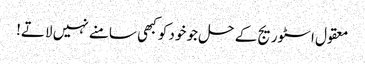
معقول اسٹوریج کے حل جو خود کو کبھی سامنے نہیں لاتے!